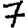
Digit: 7